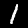
Label: 1